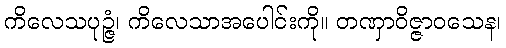
ကိလေသပုဉ္ဇံ၊ ကိလေသာအပေါင်းကို။ တဏှာဝိဇ္ဇာဝသေန၊